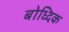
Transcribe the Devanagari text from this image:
बोध्दिक